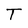
Character: T